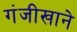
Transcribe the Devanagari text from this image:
गंजीखाने